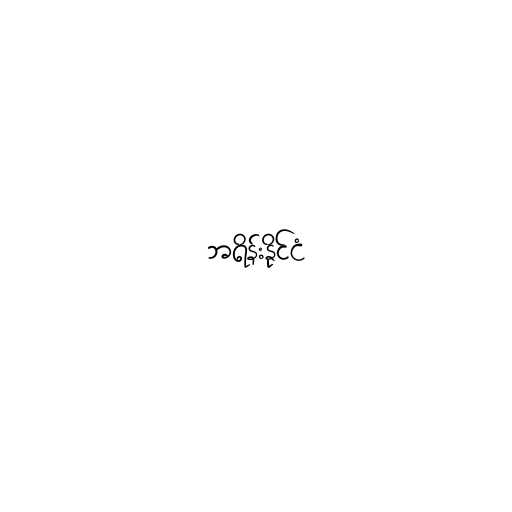
ဘရိန်းနိုင်ငံ